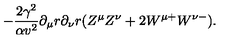
- \frac { 2 \gamma ^ { 2 } } { \alpha v ^ { 2 } } \partial _ { \mu } r \partial _ { \nu } r ( Z ^ { \mu } Z ^ { \nu } + 2 W ^ { \mu + } W ^ { \nu - } ) .